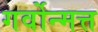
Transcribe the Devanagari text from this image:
गर्वोन्मत्त